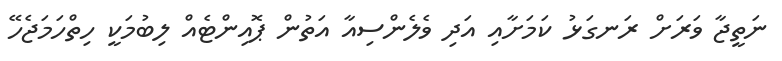
ނަތީޖާ ވަރަށް ރަނގަޅު ކަމަށާއި އަދި ވެލެންސިއާ އަތުން ޕޮއިންޓެއް ލިބުމަކީ ހިތްހަމަޖެހޭ